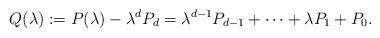
LaTeX: \begin{align*}Q(\lambda):=P(\lambda)-\lambda^dP_d = \lambda^{d-1}P_{d-1} + \cdots + \lambda P_1 +P_0.\end{align*}